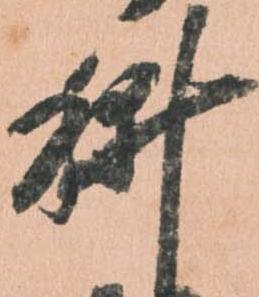
耕